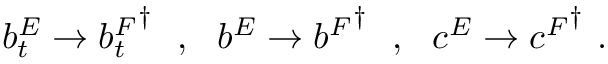
b _ { t } ^ { E } \rightarrow { b _ { t } ^ { F } } ^ { \dagger } \ \ , \ \ b ^ { E } \rightarrow { b ^ { F } } ^ { \dagger } \ \ , \ \ c ^ { E } \rightarrow { c ^ { F } } ^ { \dagger } \ .